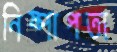
নিষ্পাপতা